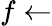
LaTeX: f\gets